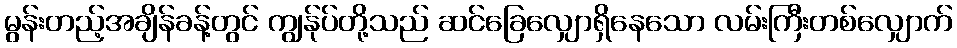
မွန်းတည့်အချိန်ခန့်တွင် ကျွန်ုပ်တို့သည် ဆင်ခြေလျှောရှိနေသော လမ်းကြီးတစ်လျှောက်